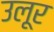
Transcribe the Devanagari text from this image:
उलूर